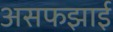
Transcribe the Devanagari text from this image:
असफझाई